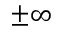
\pm \infty